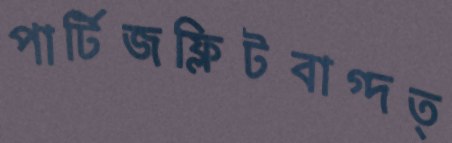
পার্টিজফ্লিটবাগ্দত্